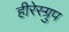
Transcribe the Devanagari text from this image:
हीरेस्ग्रुप